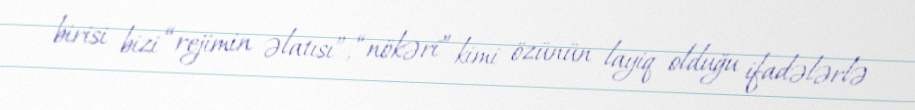
birisi bizi “rejimin əlatısı”, “nökəri” kimi özünün layiq olduğu ifadələrlə